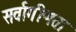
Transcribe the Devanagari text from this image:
सर्वागीणता